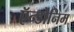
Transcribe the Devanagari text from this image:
ऍन्डोनिम